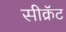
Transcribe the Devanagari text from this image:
सीक्रॅट